Problem: 3 × 7 = ?
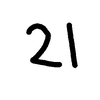
Handwritten answer: 21